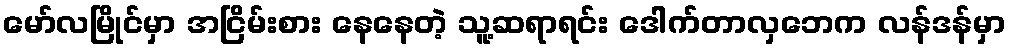
မော်လမြိုင်မှာ အငြိမ်းစား နေနေတဲ့ သူ့ဆရာရင်း ဒေါက်တာလှဘေက လန်ဒန်မှာ